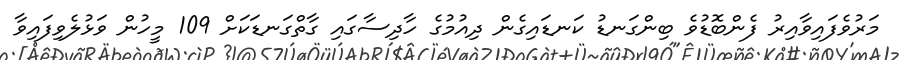
މަރުވެފައިވާއިރު ފެންބޮޑުވެ ބިންގަނޑު ކަނޑައިގެން ދިއުމުގެ ހާދިސާގައި ގާތްގަނޑަކަށް 109 މީހުން ވަޅުލެވިފައިވާ